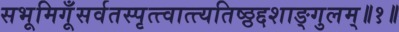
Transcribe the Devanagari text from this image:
सभूमिगूँसर्वतस्पृत्त्वात्त्यतिष्ठ्ठद्दशाङ्गुलम्॥१॥